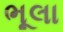
ભૂલા